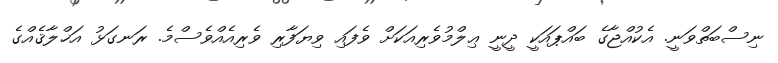
ނިސްބަތްވަނީ. އެކުއްޖާގެ ބައްޕައަކީ ދީނީ ޢިލްމުވެރިއަކަށް ވެފައި ވިޔަފާރި ވެރިއެއްވެސްމެ. ރަނގަޅު އަޚްލާޤެއްގެ